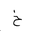
Letter: _kha